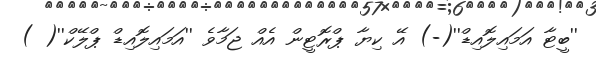
''ބީޓާ އަމައިލޮއިޑް''(-) އޭ ކިޔާ ޕްރޮޓީން އެއް ޖަމާވެ ''އަމައިލޮއިޑް ޕްލޭކް''( )